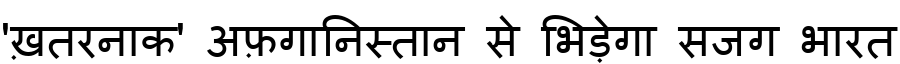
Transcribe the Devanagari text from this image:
'ख़तरनाक' अफ़गानिस्तान से भिड़ेगा सजग भारत